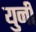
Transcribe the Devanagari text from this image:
युनी